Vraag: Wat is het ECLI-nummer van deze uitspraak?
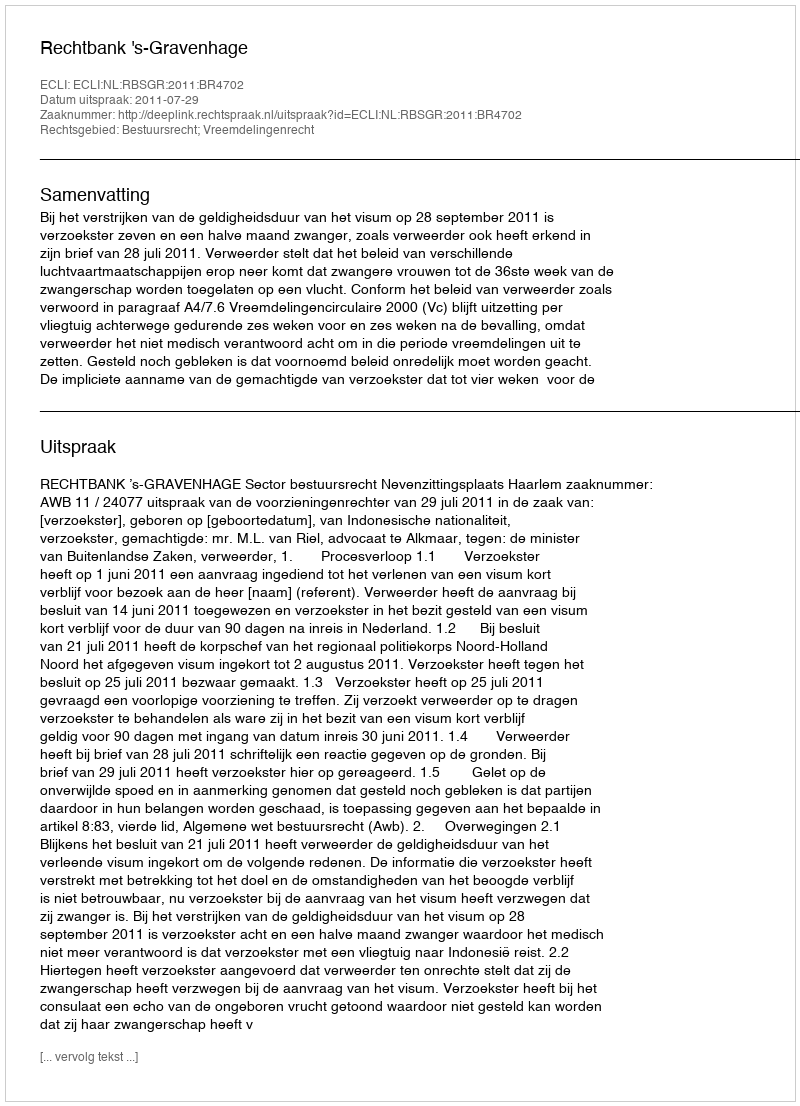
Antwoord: ECLI:NL:RBSGR:2011:BR4702